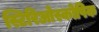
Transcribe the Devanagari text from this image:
स्टिरिओस्कोपिक